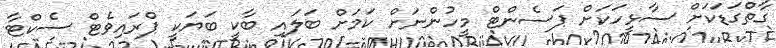
ގާތްގަޑަކަށް ސާޅީހަކަށް ޕަސެންޓް މީހުންނަށް ކަމަށް ބަލައި ބާކީ ބަޔަކީ ޕްރައިވެޓް ސެކްޓާ